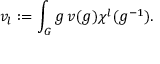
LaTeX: v _ { l } : = \int _ { G } \d g \, v ( g ) \chi ^ { l } ( g ^ { - 1 } ) .